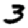
Digit: 3